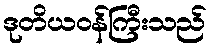
ဒုတိယဝန်ကြီးသည်